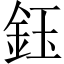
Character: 鈺